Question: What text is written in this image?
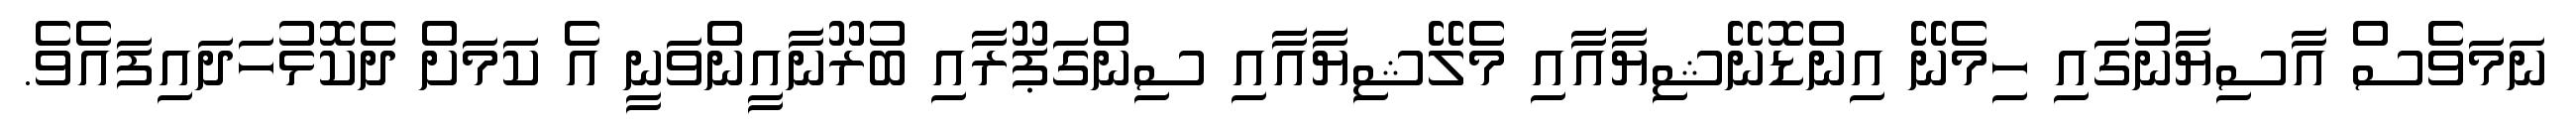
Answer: ނަމަވެސް އާސިޔާނުގައި ހިމެނޭ އިންޑޮނޭޝިޔާއާއި މެލޭޝިޔާއާއި ސިންގަޕޫރާއި ބުރޫނާއީންވަނީ އެ ކަމަށް ދެކޮޅުހަދައިފައެވެ.